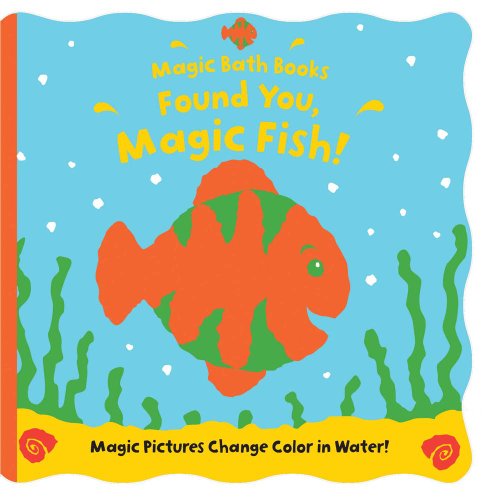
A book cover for Found You, Magic Fish! (Magic Bath Books); Moira Butterfield; Children's Books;